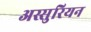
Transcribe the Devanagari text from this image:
अस्सुरियन